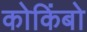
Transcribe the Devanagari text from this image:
कोकिंबो